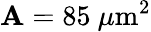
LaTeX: \mathbf{A}=85\mathrm{{~}}\mu\mathrm{{m}}^{2}